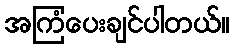
အကြံပေးချင်ပါတယ်။